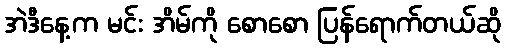
အဲဒီနေ့က မင်း အိမ်ကို စောစော ပြန်ရောက်တယ်ဆို